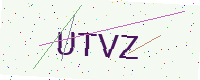
Text: UTVZ